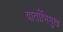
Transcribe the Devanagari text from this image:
वार्ताभिमुख